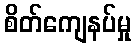
စိတ်ကျေနပ်မှု